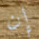
إن